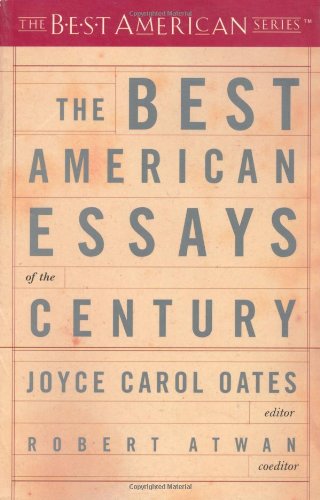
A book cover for The Best American Essays of the Century (The Best American Series); Literature & Fiction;